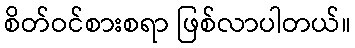
စိတ်ဝင်စားစရာ ဖြစ်လာပါတယ်။